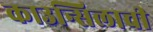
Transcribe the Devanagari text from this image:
काउन्सिलाची